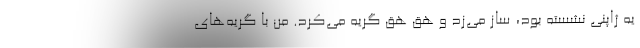
يه ژاپني نشسته بود، ساز مي‌زد و هق هق گريه مي‌كرد. من با گريه‌هاي